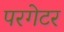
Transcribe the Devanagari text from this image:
परगेटर